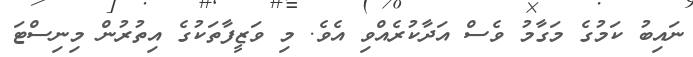
ނައިބު ކަމުގެ މަގާމު ވެސް އަދާކުރެއްވި އެވެ. މި ވަޒީފާތަކުގެ އިތުރުން މިނިސްޓަ